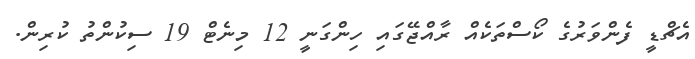
އެޗްޑީ ފެންވަރުގެ ކޯސްތަކެއް ރާއްޖޭގައި ހިންގަނީ 12 މިނެޓް 19 ސިކުންތު ކުރިން.